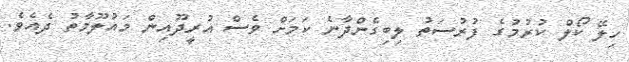
ހިލޭ ކޯލް ކުރުމުގެ ފުރުސަތު ލިބިގެންދާނެ ކަމަށް ވެސް އުރީދޫއިން މައުލޫމާތު ދެއެވެ.